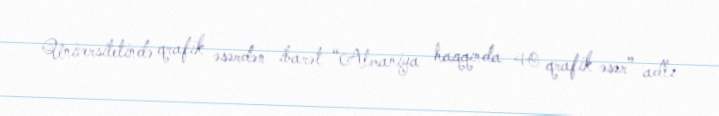
Universitetində qrafik əsərdən ibarət “Almaniya haqqında 40 qrafik əsər” adlı